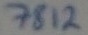
Text: 7812